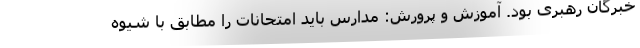
خبرگان رهبری بود. آموزش و پرورش: مدارس باید امتحانات را مطابق با شیوه